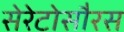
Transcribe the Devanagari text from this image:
सेरेटोसौरस